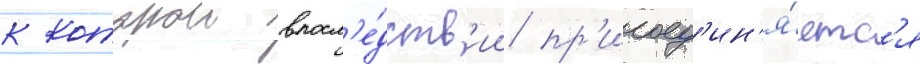
к которои впосл'е́дств'ии пр'исоед'ин'я́етс'я